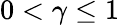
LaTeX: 0<\gamma\leq 1